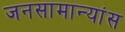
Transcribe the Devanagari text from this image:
जनसामान्यांस